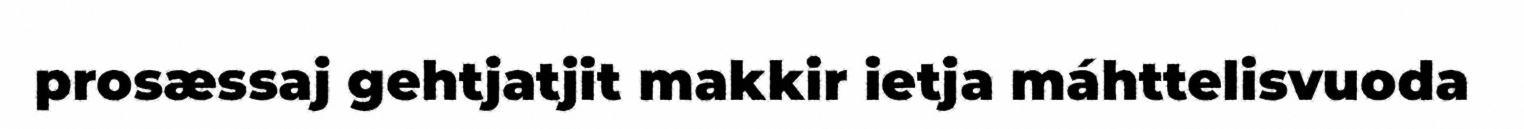
prosæssaj gehtjatjit makkir ietja máhttelisvuoda